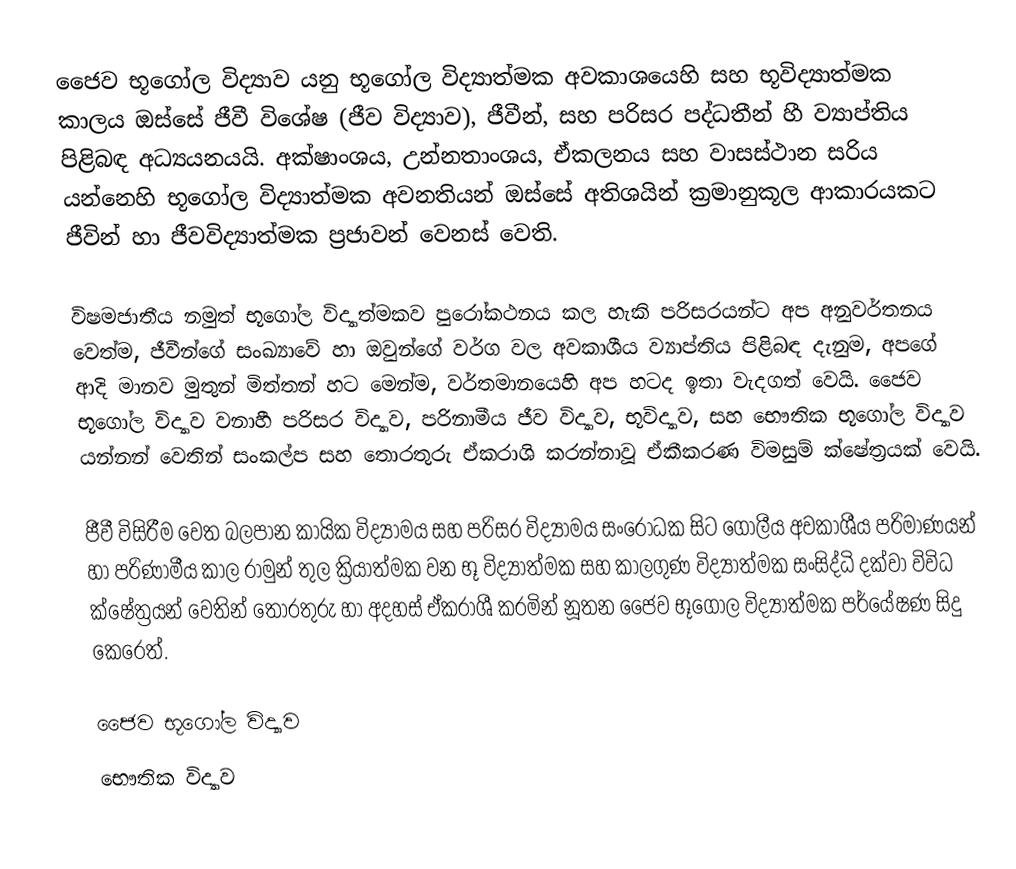
ජෛව භූගෝල විද්‍යාව යනු  භූගෝල විද්‍යාත්මක අවකාශයෙහි සහ භූවිද්‍යාත්මක කාලය ඔස්සේ ජීවී විශේෂ (ජීව විද්‍යාව), ජීවීන්, සහ පරිසර පද්ධතීන් හී ව්‍යාප්තිය පිළිබඳ අධ්‍යයනයයි. අක්ෂාංශය, උන්නතාංශය, ඒකලනය සහ වාසස්ථාන සරිය යන්නෙහි භූගෝල විද්‍යාත්මක අවනතියන් ඔස්සේ අතිශයින් ක්‍රමානුකූල ආකාරයකට ජීවින් හා ජීවවිද්‍යාත්මක ප්‍රජාවන් වෙනස් වෙති.

විෂමජාතීය නමුත් භූගෝල විද්‍යාත්මකව පුරෝකථනය කල හැකි පරිසරයන්ට අප අනුවර්තනය වෙත්ම, ජීවීන්ගේ සංඛ්‍යාවේ හා ඔවුන්ගේ වර්ග වල අවකාශීය ව්‍යාප්තිය පිළිබඳ දැනුම, අපගේ ආදි මානව  මුතුන් මිත්තන් හට මෙන්ම, වර්තමානයෙහි අප හටද ඉතා වැදගත් වෙයි. ජෛව භූගෝල විද්‍යාව වනාහී පරිසර විද්‍යාව, පරිනාමීය ජීව විද්‍යාව, භූවිද්‍යාව, සහ භෞතික භූගෝල විද්‍යාව  යන්නන් වෙතින් සංකල්ප සහ තොරතුරු ඒකරාශි කරන්නාවූ ඒකීකරණ විමසුම් ක්ෂේත්‍රයක් වෙයි.

ජීවී විසිරීම වෙත බලපාන කායික විද්‍යාමය සහ පරිසර විද්‍යාමය සංරෝධක සිට ගෝලීය අවකාශීය පරිමාණයන් හා  පරිණාමීය කාල රාමුන් තුල ක්‍රියාත්මක වන භූ විද්‍යාත්මක සහ කාලගුණ විද්‍යාත්මක සංසිද්ධි දක්වා විවිධ ක්ෂේත්‍රයන් වෙතින් තොරතුරු හා අදහස් ඒකරාශී කරමින් නූතන ජෛව භූගෝල විද්‍යාත්මක පර්යේෂණ සිදු කෙරෙත්.

ජෛව භූගෝල විද්‍යාව
භෞතික විද්‍යාව